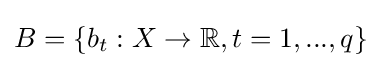
B=\{b_{t}:X\rightarrow \mathbb {R} ,t=1,...,q\}